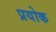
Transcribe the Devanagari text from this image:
प्रयोक